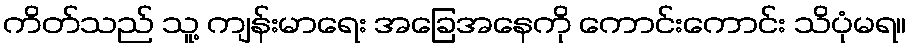
ကိတ်သည် သူ့ ကျန်းမာရေး အခြေအနေကို ကောင်းကောင်း သိပုံမရ။